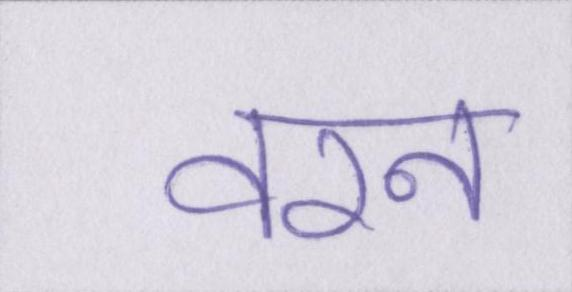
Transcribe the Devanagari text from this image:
वरन